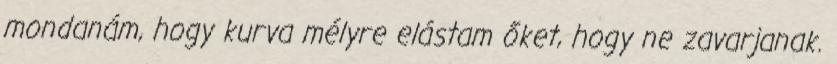
mondanám, hogy kurva mélyre elástam őket, hogy ne zavarjanak.